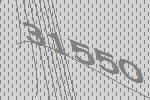
31550